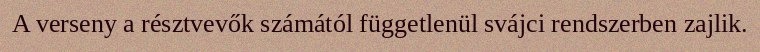
A verseny a résztvevők számától függetlenül svájci rendszerben zajlik.